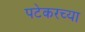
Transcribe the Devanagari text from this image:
पटेकरच्या